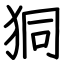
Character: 狪